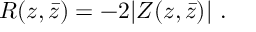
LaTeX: R ( z , \bar { z } ) = - 2 | Z ( z , \bar { z } ) | \ .